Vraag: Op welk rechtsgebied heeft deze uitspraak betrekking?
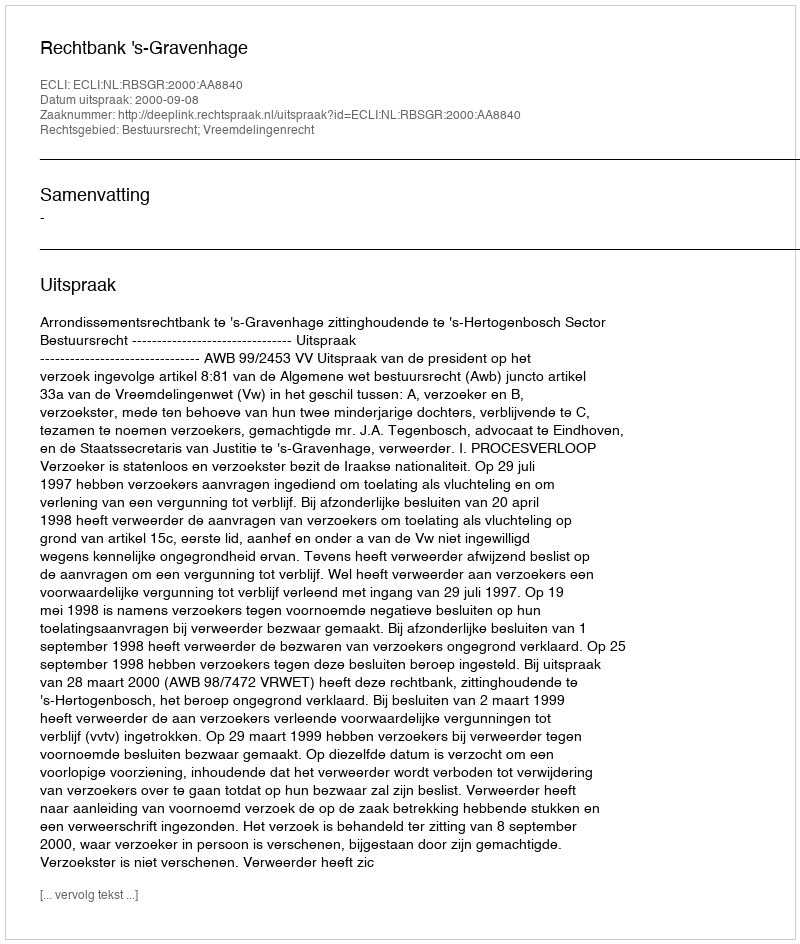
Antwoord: Bestuursrecht; Vreemdelingenrecht